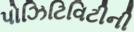
પોઝિટિવિટીની